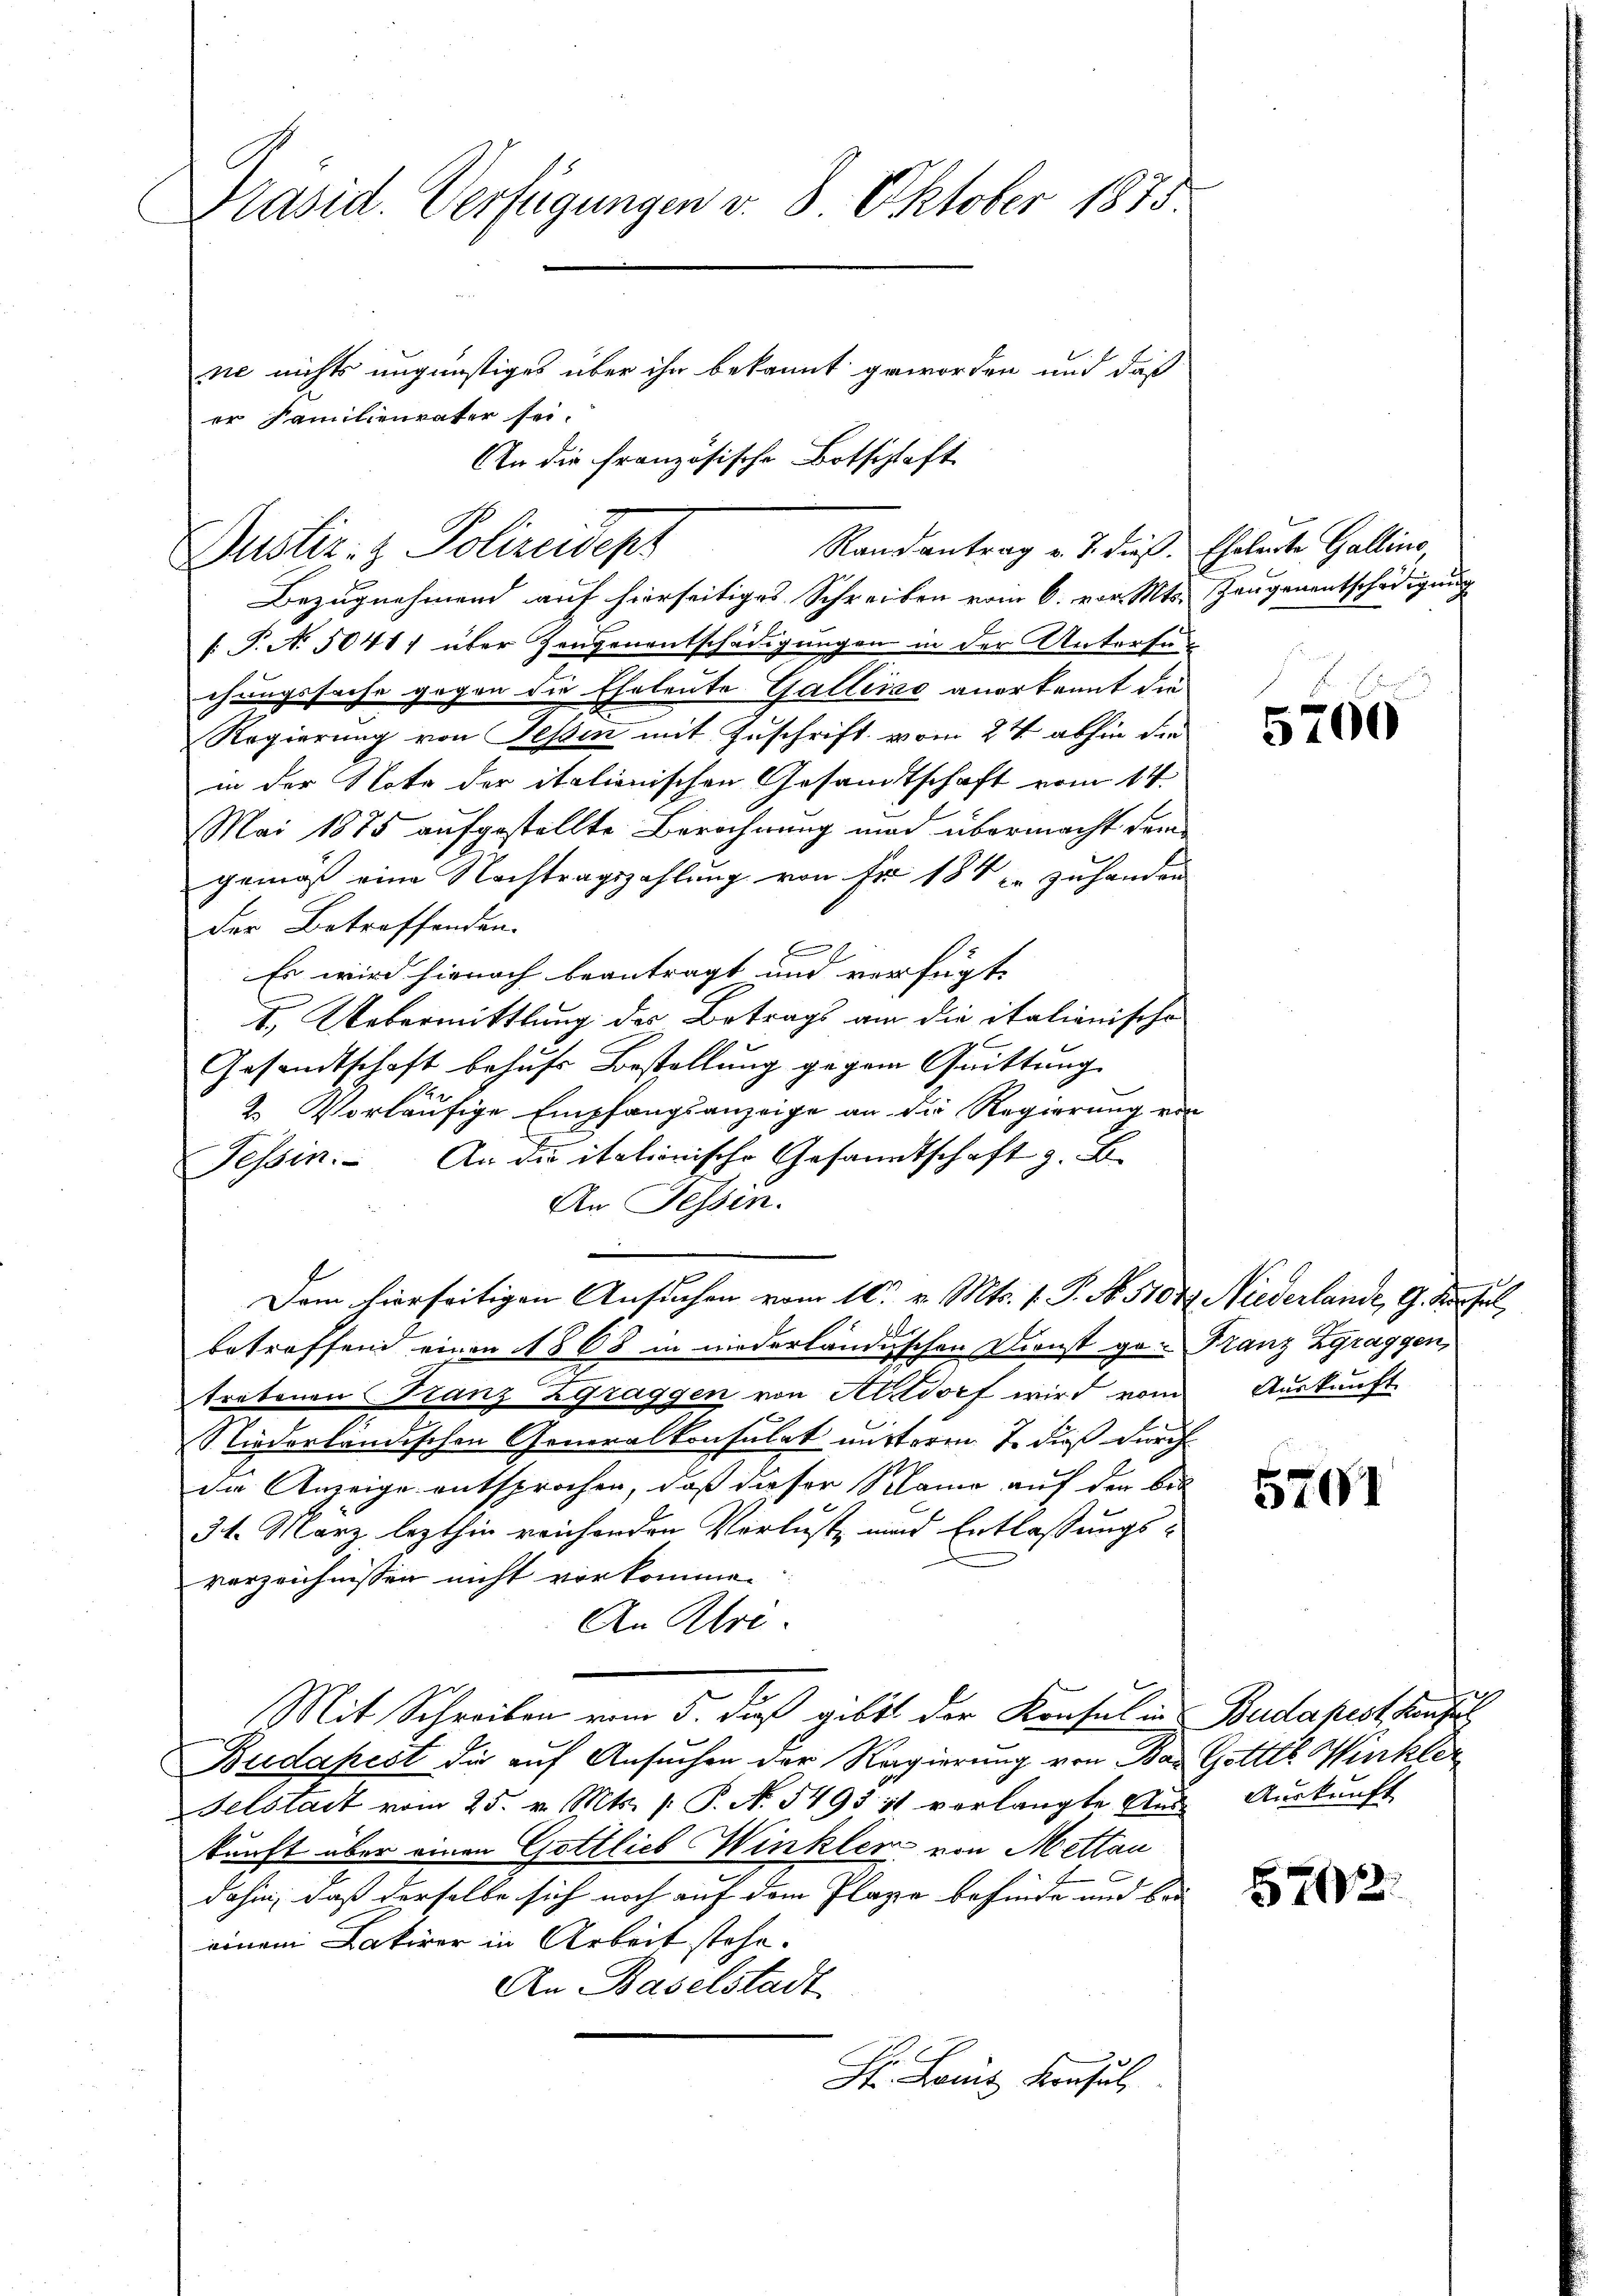
Präsid. Verfügungen v. 8. Oktober 1875.
ne nichts ungünstiges über ihn bekannt geworden und daß
er Familienvater sei.
An die französische Botschlaft

Dustiz- & Polizeidep

Bezugnehmend auf hierseitiges Schreiben vom 6. vor. Mts.
[: P. N. 5041) über Zeugenentschädigungen in der Untersuchungssache gegen die Eheleute Gallisac anerkannt die
Regierung von Tessin mit Zuschrift vom 24. abhin die
in der Note der italienischen Gesandtschaft vom 14.
Mai 1875 aufgestellte Berechnung und übermacht dem
gemäß eine Nachtragszahlung von Fr. 184 zuhanden
der Betreffenden.
.
Es wird hienach beantragt und verfügt,
1. Uebermittlung des Betrags am die italienische
Gesandtschaft behufs Bestellung gegen Quittung
2. Vorläufige Empfangsanzeige an die Regierung vo
Tessin. An die italionische Gesandtschaft z. B.
An Tessin.
Dem hierseitigen Ansuchen vom 10. v. Mts. 1. P. No. 5104. Niederlande, G. Kurzel
betreffend einen 1868 in niederländischen Dienst ge- Franz Zgraggen,
tretenen Franz Zgraggen von Altdorf wird vom Auskunft
Niederländischen Generalkonsulat mitteren. J. dieß durch
die Anzeige entsprochen, daß dieser Mama auf den bes
31. März lezthin reicherden Verluste und Entlassungsverzeichnissen nicht vorkomme.
An Uri
Mit Schreiben vom 5. daß gibt der Konsul in Budapest heute
Budapest die auf Ansuchen der Regierung von Baselstadt vom 25. v. Mts. /: P. No. 5493 st verlangte Aŭs-Aŭskŭnft
kunft über einen Gottlieb Winkler von Mettan
dahin, daß derselbe sich noch auf dem Plaze befinde und bei
einem Lakirer in Arbeit stehe.
An Baselstadt
H. Laut Konsul

Randantrag v. J. dieß.

Ehelerte Gallino,
Zeugenentschädigung

5700

5201

Getttl Winkler

5702.